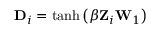
\mathbf { D } _ { i } = \operatorname { t a n h } \left( \beta \mathbf { Z } _ { i } \mathbf { W } _ { 1 } \right)